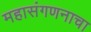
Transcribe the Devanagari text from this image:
महासंगणनाचा